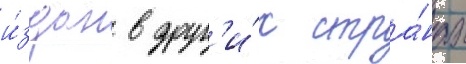
и́здан в друг'и́х стра́нах